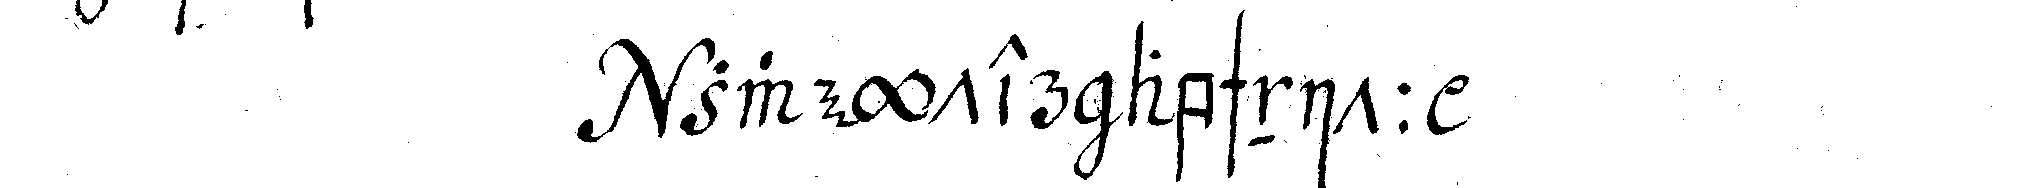
zweyter abschnitt